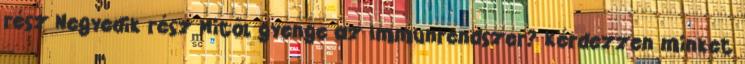
rész Negyedik rész Mitől gyenge az Immunrendszer? Kérdezzen minket